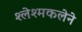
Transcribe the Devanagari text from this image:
श्लेश्मकलेने